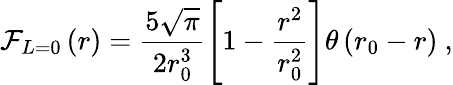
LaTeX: \mathcal{F}_{L=0}\left(r\right)=\frac{5\sqrt{\pi}}{2r_{0}^{3}}\left[1-\frac{r^{2}}{r_{0}^{2}}\right]\theta\left(r_{0}-r\right)\ ,